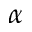
\alpha